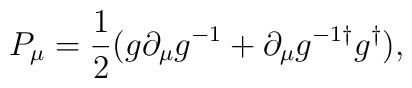
P_\mu = {1\over 2} (g \partial_\mu g^{-1} + \partial_\mu g^{-1\dagger}g^{\dagger}),